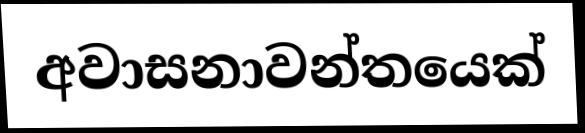
අවාසනාවන්තයෙක්